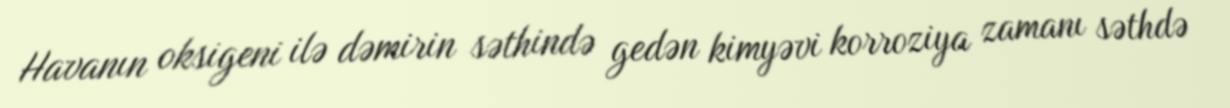
Havanın oksigeni ilə dəmirin səthində gedən kimyəvi korroziya zamanı səthdə